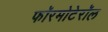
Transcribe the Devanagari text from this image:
फॉरमोटेरॉल